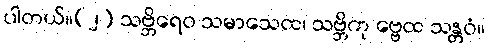
ပါတယ်။(၂) သဗ္ဘိရေဝ သမာသေထ၊ သဗ္ဘိကု ဗ္ဗေထ သန္တဝံ။